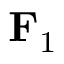
{ \bf F } _ { 1 }